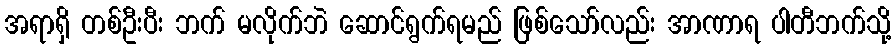
အရာရှိ တစ်ဦးပီး ဘက် မလိုက်ဘဲ ဆောင်ရွက်ရမည် ဖြစ်သော်လည်း အာဏာရ ပါတီဘက်သို့